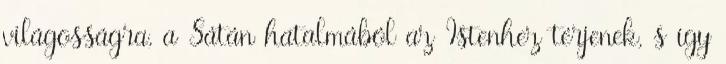
világosságra, a Sátán hatalmából az Istenhez térjenek, s így